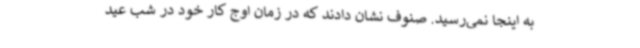
به اینجا نمی‌رسید. صنوف نشان دادند که در زمان اوج کار خود در شب عید